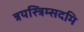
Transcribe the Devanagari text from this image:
त्रयस्त्रिम्सदमि